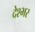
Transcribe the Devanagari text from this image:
देश्भर